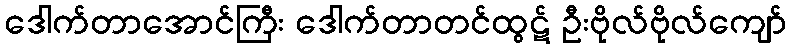
ဒေါက်တာအောင်ကြီး ဒေါက်တာတင်ထွဋ် ဦးဗိုလ်ဗိုလ်ကျော်